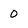
Character: 0